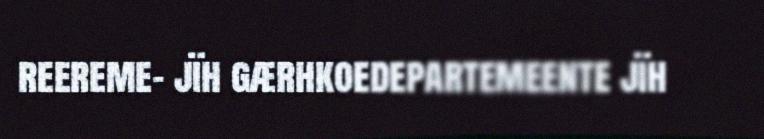
reereme- jïh gærhkoedepartemeente jïh